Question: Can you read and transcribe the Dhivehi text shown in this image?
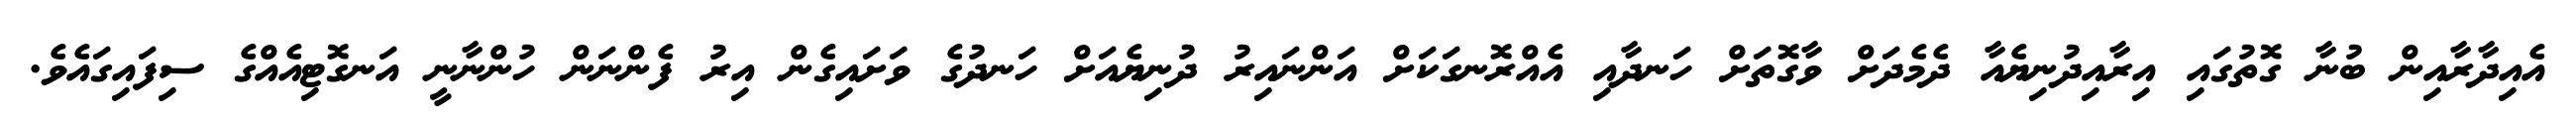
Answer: އެއިދާރާއިން ބުނާ ގޮތުގައި އިރާއިދުނިޔެއާ ދެމެދަށް ވާގޮތަށް ހަނދާއި އެއްރޮނގަކަށް އަންނައިރު ދުނިޔެއަށް ހަނދުގެ ވަށައިގެން އިރު ފެންނަން ހުންނާނީ އަނގޮޓިއެއްގެ ސިފައިގައެވެ.